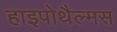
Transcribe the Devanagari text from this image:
हाइपोथैल्मस